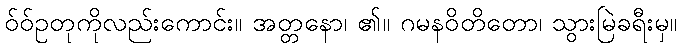
ဝ်ဝ်ဥတုကိုလည်းကောင်း။ အတ္တနော၊ ၏။ ဂမနဝိတိတော၊ သွားမြဲခရီးမှ။